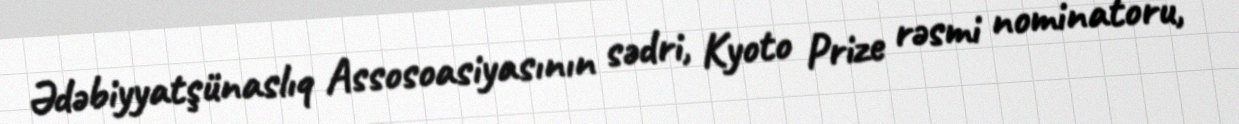
Ədəbiyyatşünaslıq Assosoasiyasının sədri, Kyoto Prize rəsmi nominatoru,